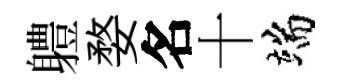
軆婺名十端